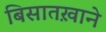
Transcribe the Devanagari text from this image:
बिसातख़ाने